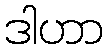
ဒါဟာ